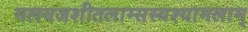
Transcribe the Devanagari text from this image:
मलयजशीतलाम्सस्यश्यामलाम्